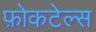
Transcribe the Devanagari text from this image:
फ़ोकटेल्स